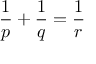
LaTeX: { \frac { 1 } { p } } + { \frac { 1 } { q } } = { \frac { 1 } { r } }